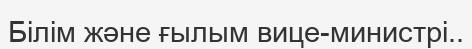
Білім және ғылым вице-министрі..